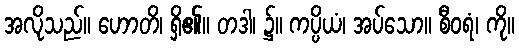
အလိုသည်။ ဟောတိ၊ ရှိ၏။ တဒါ၊ ၌။ ကပ္ပိယံ၊ အပ်သော။ စီဝရံ၊ ကို။